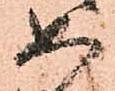
如